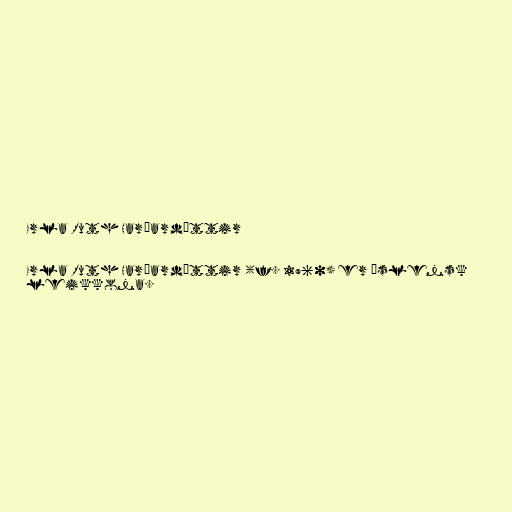
Erla Ruth Harðardóttir

Erla Ruth Harðardóttir (f. 1960) er íslensk
leikkona.